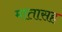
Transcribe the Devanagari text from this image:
मातासह